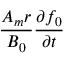
\frac { A _ { m } r } { B _ { 0 } } \frac { \partial f _ { 0 } } { \partial t }